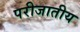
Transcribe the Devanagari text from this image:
परीजातीय